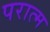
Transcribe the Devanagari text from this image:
परात्म